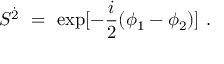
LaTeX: S ^ { \dot { 2 } } ~ = ~ \mathrm { e x p } [ - \frac { i } { 2 } ( \phi _ { 1 } - \phi _ { 2 } ) ] ~ .